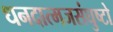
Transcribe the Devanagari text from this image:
धनदात्मजसंघुष्टो